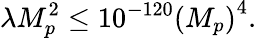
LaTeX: \lambda M_{p}^{2}\leq 10^{-120}\left(M_{p}\right)^{4}.